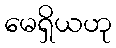
မေရှိယဟု